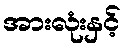
အားလုံးနှင့်